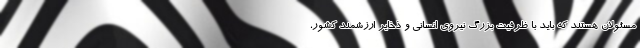
مسئولان هستند که باید با ظرفیت بزرگ نیروی انسانی و ذخایر ارزشمند کشور،